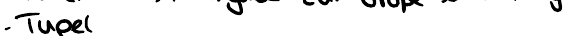
- Tupel